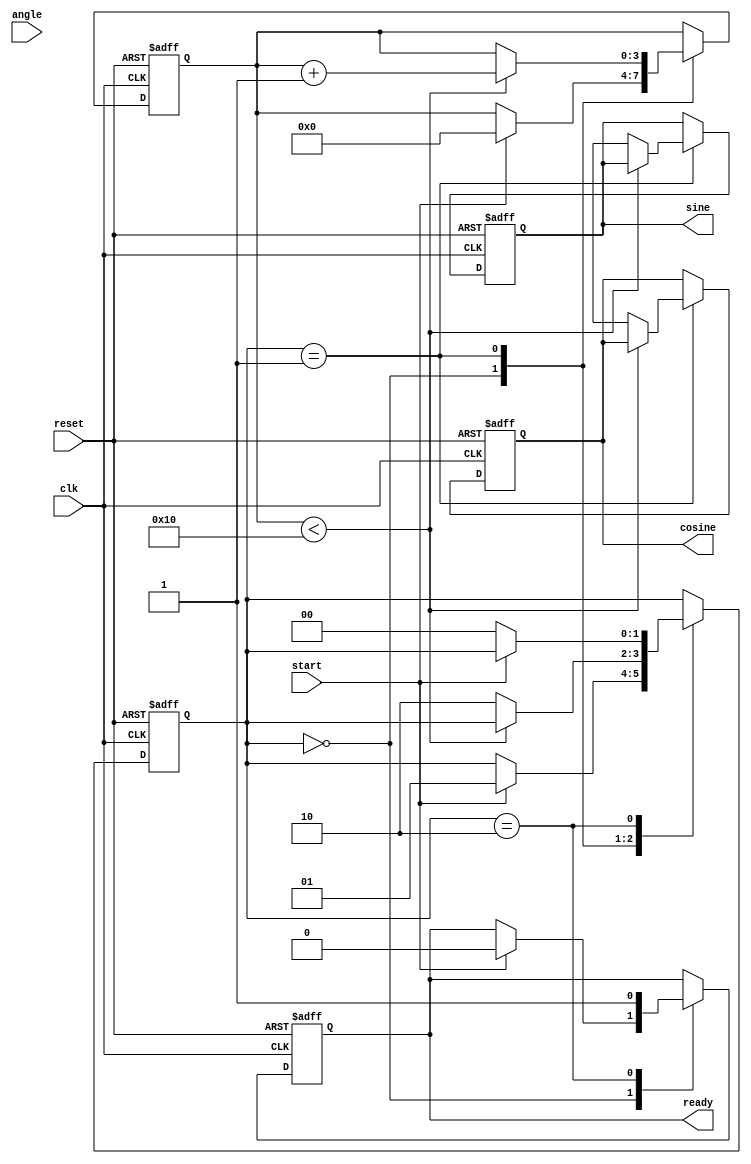
module CORDIC(
    input clk,
    input reset,
    input [31:0] angle, // Input angle (in radians or degrees, adjustable based on application)
    input start, // Start signal for the operation
    output reg [31:0] sine, // Output sine value
    output reg [31:0] cosine, // Output cosine value
    output reg ready // Indicates computation is complete
);

    // Parameter Definitions
    parameter NUM_ITERATIONS = 16; // Number of iterations for CORDIC
    parameter FIXED_SCALE = 32'h26DD3B6A; // Scaling factor (example value)

    // Internal Registers
    reg [31:0] x[0:NUM_ITERATIONS-1]; // X vector
    reg [31:0] y[0:NUM_ITERATIONS-1]; // Y vector
    reg [31:0] z[0:NUM_ITERATIONS-1]; // Angle accumulator
    reg [3:0] iteration_count; // Iteration counter
    reg [1:0] state; // FSM state

    // Rotation angles (arctan(2^-i) values, scaled)
    reg [31:0] atan_table[0:NUM_ITERATIONS-1];
    initial begin
        atan_table[0] = 32'h20C90FDB; // atan(2^0)
        atan_table[1] = 32'h1C71C71C; // atan(2^-1)
        atan_table[2] = 32'h16C16C16; // atan(2^-2)
        atan_table[3] = 32'h143F6A95; // atan(2^-3)
        // Fill in the rest of the atan values here...
    end

    // State Machine
    localparam IDLE = 2'b00, RUN = 2'b01, DONE = 2'b10;

    always @(posedge clk or posedge reset) begin
        if (reset) begin
            sine <= 32'b0;
            cosine <= 32'b0;
            ready <= 1'b0;
            iteration_count <= 0;
            state <= IDLE;
        end else begin
            case (state)
                IDLE: begin
                    if (start) begin
                        // Initialize vectors
                        x[0] <= FIXED_SCALE; // Initial x value (scaling factor)
                        y[0] <= 32'b0; // Initial y value
                        z[0] <= angle; // Initial angle
                        iteration_count <= 0;
                        state <= RUN;
                        ready <= 1'b0;
                    end
                end

                RUN: begin
                    if (iteration_count < NUM_ITERATIONS) begin
                        // Perform the CORDIC rotation
                        if (z[iteration_count] < 32'b0) begin
                            // Counter-clockwise rotation
                            x[iteration_count + 1] <= x[iteration_count] + (y[iteration_count] >> iteration_count);
                            y[iteration_count + 1] <= y[iteration_count] - (x[iteration_count] >> iteration_count);
                            z[iteration_count + 1] <= z[iteration_count] + atan_table[iteration_count];
                        end else begin
                            // Clockwise rotation
                            x[iteration_count + 1] <= x[iteration_count] - (y[iteration_count] >> iteration_count);
                            y[iteration_count + 1] <= y[iteration_count] + (x[iteration_count] >> iteration_count);
                            z[iteration_count + 1] <= z[iteration_count] - atan_table[iteration_count];
                        end
                        iteration_count <= iteration_count + 1;
                    end else begin
                        // Output the results
                        sine <= y[NUM_ITERATIONS];
                        cosine <= x[NUM_ITERATIONS];
                        state <= DONE;
                    end
                end 

                DONE: begin
                    ready <= 1'b1; // Signal that the operation is complete
                    if (!start) begin
                        state <= IDLE; // Reset state
                    end
                end
            endcase
        end
    end
endmodule